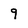
Character: 9